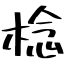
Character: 棯